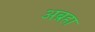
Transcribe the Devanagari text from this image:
अब्रहा